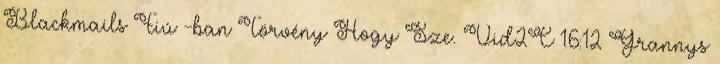
Blackmails Fiú -ban Törvény Hogy Sze. Vid2C 16:12 Grannys